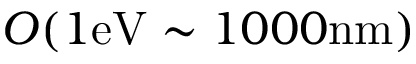
{ \cal O } ( 1 \mathrm { e V } \sim 1 0 0 0 \mathrm { n m } )